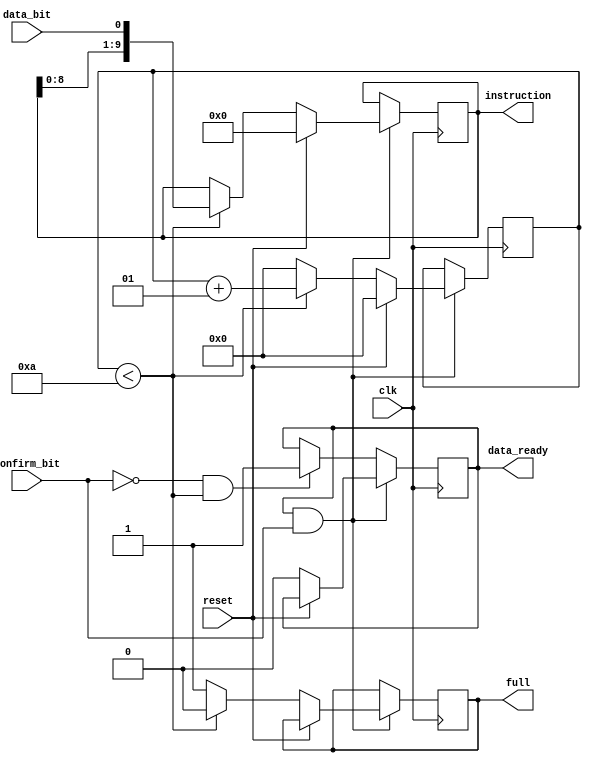
module Instruction(clk, data_bit, confirm_bit, reset, data_ready, full, instruction);
/*
INPUTS:
	data_bit - current instruction bit sent from MBED
	confirm_bit - confirming current bit, comes from MBED
	full - a bit specifying if we have a full instruction
	reset - synchronously reset instruction when confirm_bit and reset are high
OUTPUTS:
	instruction - full 10-bit instruction output
	data_ready - syncronization bit, FPGA confirms it received a bit; also known as a feedback bit (tri-state) / can modify to data_ready and make it maybe better... rn its stuck at 1
		use assign sync_bit = data_bit ? confirm-bit : 1'bz; -> data-bit decides whether sync_bit is an input or a tri-state, driving out value of sync - NEEDS WORK
*/

input clk, data_bit, confirm_bit, reset;
output[9:0] instruction;
output data_ready, full;

reg [9:0] instruction;
reg [9:0] instruction_helper;
reg data_ready;
reg full = 0;

integer counter = 0; //internal counter that counts to 10, number of bits in instruction

always @ (posedge clk) begin

if(data_ready == 1 & confirm_bit == 1) begin 

	//if(confirm_bit == 1) begin

		//Start off with checking for reset, if reset == 0, continue
		if (reset == 0) begin
				data_ready <= 0;
				
				if (counter < 10) begin
					//data_ready <= 0;
					full <= 0;
					instruction <= {instruction[8:0], data_bit}; // Adds instruction bit to register
					counter <= counter + 1; // increment counter
				end
		
				else begin //if counter has reached 10, zero it to begin new instruction
					
					counter <= 0;
					//instruction <= instruction_helper; //to have the old instruction replace the new one in full, evading any possible transition errors
					full <= 1;
					//need to put smth here to prevent it going into the 'if' above if full... but it might just be a valid start of an istruction... hmm...
				end
				
			end 
			
			else begin //if reset == 1, zero the istruction register
				instruction = 10'b0;
				counter <= 0;
				//data_ready <= 0; //confirm that reset was received
			end
		
		//end 
	
		//else begin //if confirm == 0
			
		//end
		
	end
	
	// if data_ready == 0
	else if (confirm_bit == 0 && counter < 10) data_ready <= 1;
	
end


endmodule